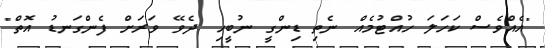
"އެއްވެސް ކަހަލަ ހުއްޓުމެއް ނެތި ޑިންގީ ނުބީހި ދެވޭ ވަރަށް ފެންގަނޑު އޮތް"